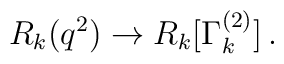
R_k(q^2)\to R_k[\Gamma_k^{(2)}]\,.